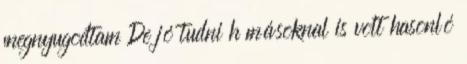
megnyugodtam De jó tudni h másoknal is volt hasonló